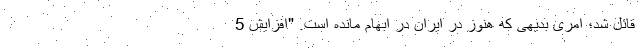
قائل شد؛ امری بدیهی که هنوز در ایران در ابهام مانده است. "افزایش 5